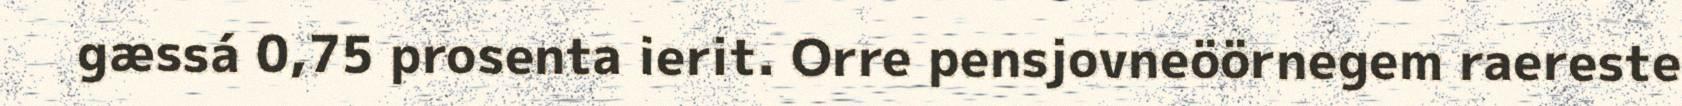
gæssá 0,75 prosenta ierit. Orre pensjovneöörnegem raereste